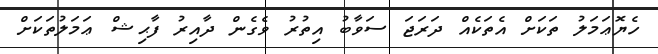
ހެޔޮޢަމަލު ތަކަށް އެތަކެއް ދަރަޖަ ސަވާބު އިތުރު ވެގެން ދާއިރު ފާޙިޝް ޢަމަލުތަކަށް